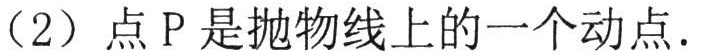
（2）点\(P\)是抛物线上的一个动点.